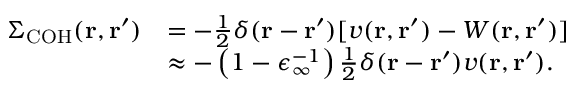
\begin{array} { r l } { \Sigma _ { \mathrm { C O H } } ( \mathbf { r } , \mathbf { r } ^ { \prime } ) } & { = - \frac { 1 } { 2 } \delta ( \mathbf { r } - \mathbf { r } ^ { \prime } ) [ v ( \mathbf { r } , \mathbf { r } ^ { \prime } ) - W ( \mathbf { r } , \mathbf { r } ^ { \prime } ) ] } \\ & { \approx - \left( 1 - \epsilon _ { \infty } ^ { - 1 } \right) \frac { 1 } { 2 } \delta ( \mathbf { r } - \mathbf { r } ^ { \prime } ) v ( \mathbf { r } , \mathbf { r } ^ { \prime } ) . } \end{array}